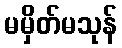
မမှိတ်မသုန်